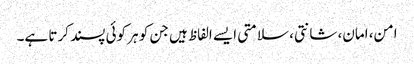
امن، امان، شانتی، سلامتی ایسے الفاظ ہیں جن کو ہر کوئی پسند کرتا ہے۔